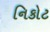
નિકોટ